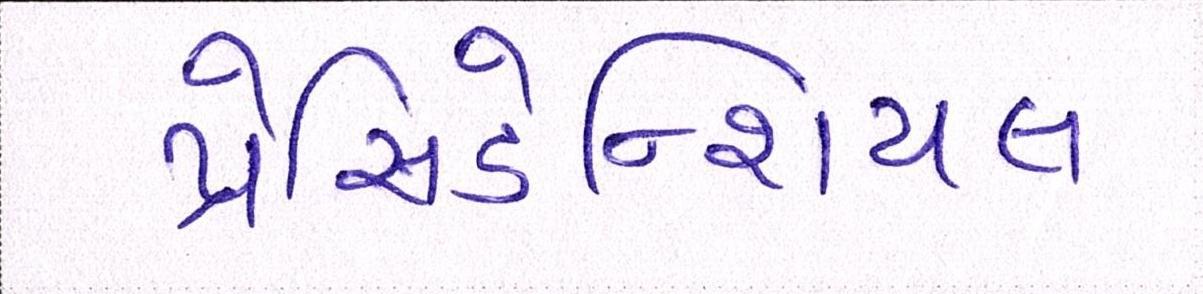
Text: પ્રેસિડેન્શિયલ